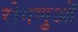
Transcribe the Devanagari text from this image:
रोगणुओं